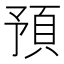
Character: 預